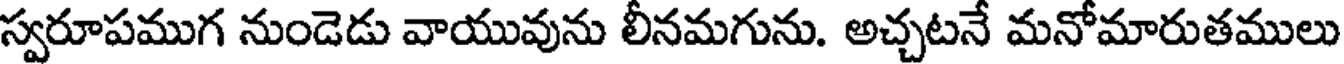
స్వరూపముగ నుండెడు వాయువును లీనమగును. అచ్చటనే మనోమారుతములు